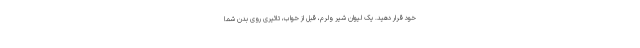
خود قرار دهید. یک لیوان شیر ولرم، قبل از خواب، تاثیری روی بدن شما